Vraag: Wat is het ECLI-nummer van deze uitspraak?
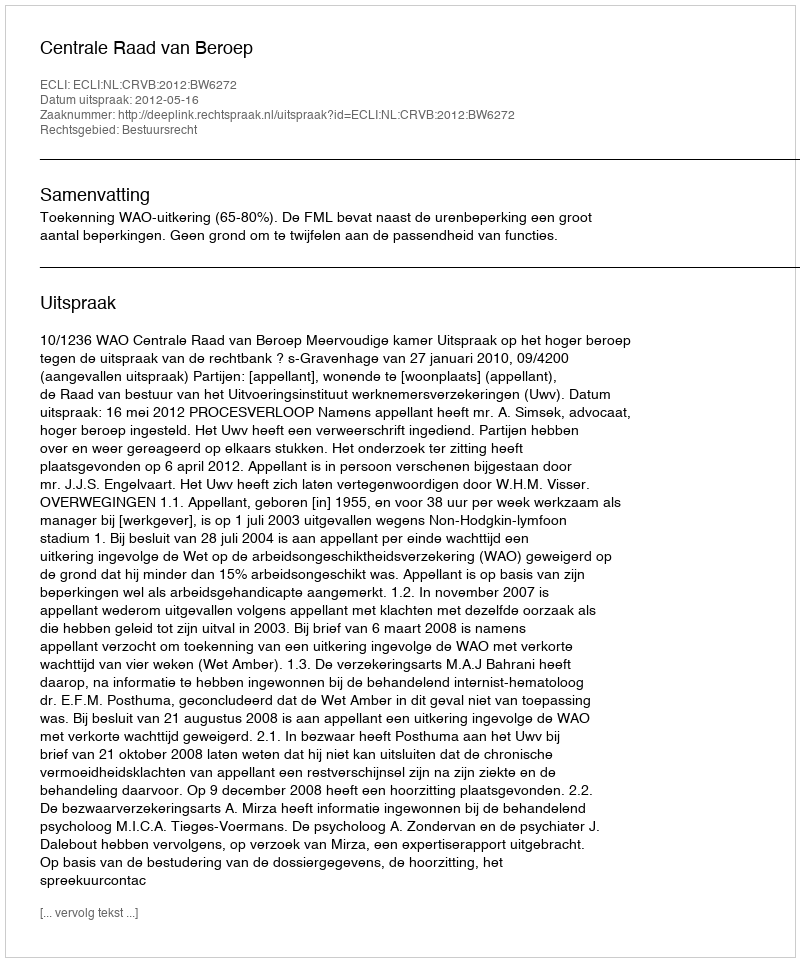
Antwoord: ECLI:NL:CRVB:2012:BW6272